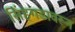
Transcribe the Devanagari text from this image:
सिंहगडावरून